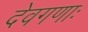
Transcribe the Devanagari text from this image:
देवगणाः